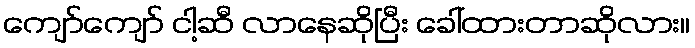
ကျော်ကျော် ငါ့ဆီ လာနေဆိုပြီး ခေါ်ထားတာဆိုလား။